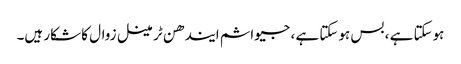
ہوسکتا ہے ، بس ہوسکتا ہے ، جیواشم ایندھن ٹرمینل زوال کا شکار ہیں۔